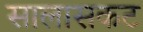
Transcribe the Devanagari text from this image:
सालासकट